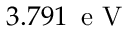
3 . 7 9 1 \, \textrm { e V }